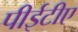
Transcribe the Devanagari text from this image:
पीईटीए